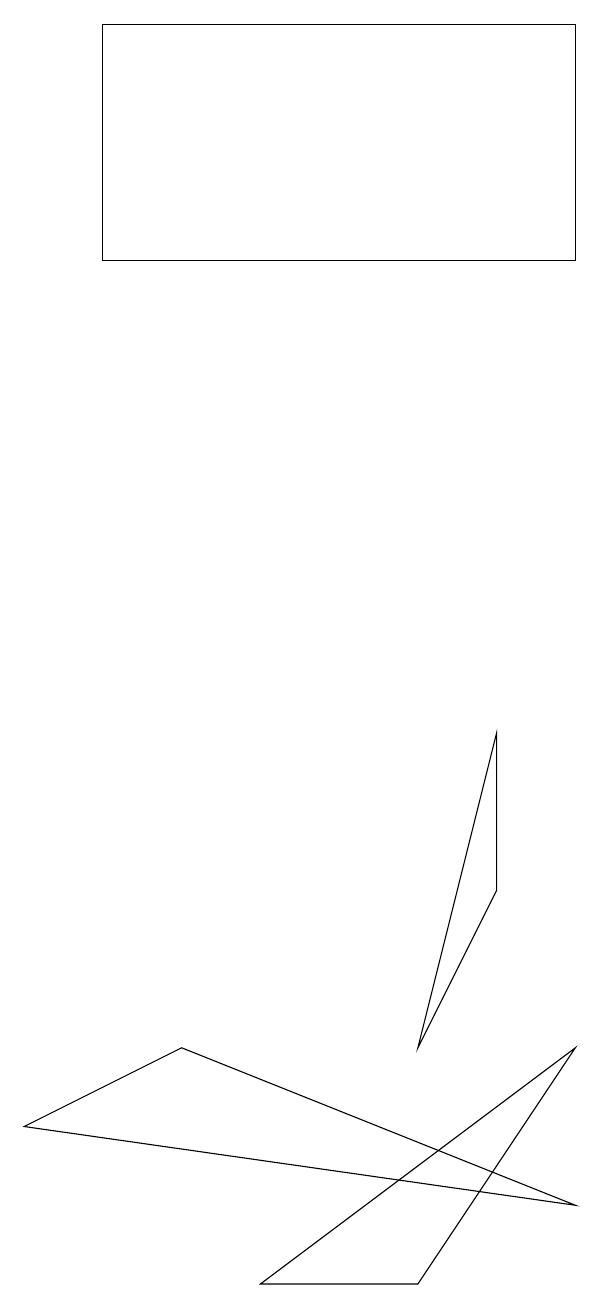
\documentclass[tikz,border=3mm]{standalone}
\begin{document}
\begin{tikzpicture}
\draw (7,8) -- (6,4) -- (7,6) -- cycle;
\draw (8,4) -- (6,1) -- (4,1) -- cycle;
\draw (8,17) rectangle (2,14);
\draw (8,2) -- (3,4) -- (1,3) -- cycle;
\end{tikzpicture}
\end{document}